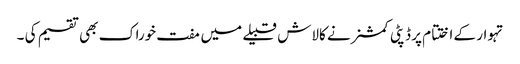
تہوار کے اختتام پر ڈپٹی کمشنر نے کالاش قبیلے میں مفت خوراک بھی تقسیم کی ۔